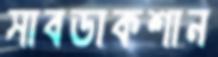
সাবডাকশান